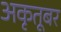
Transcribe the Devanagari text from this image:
अकृतूबर